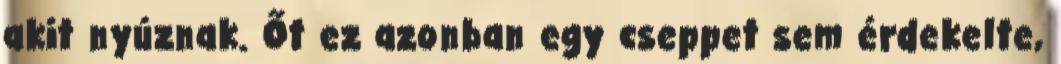
akit nyúznak. Őt ez azonban egy cseppet sem érdekelte,